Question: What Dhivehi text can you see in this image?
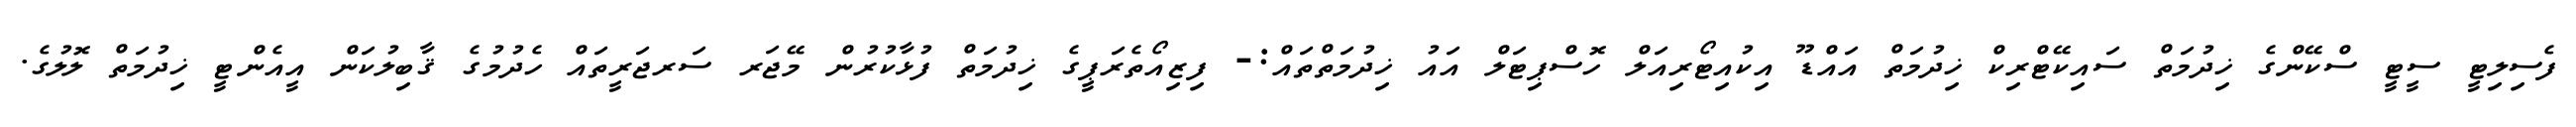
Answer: ފެސިލިޓީ ސީޓީ ސްކޭންގެ ޚިދުމަތް ސައިކޭޓްރިކް ޚިދުމަތް އައްޑޫ އިކުއިޓޯރިއަލް ހޮސްޕިޓަލް އައު ޚިދުމަތްތައް:- ފިޒިއޯތެރަޕީގެ ޚިދުމަތް ފުޅާކުރުން މޭޖަރ ސަރޖަރީތައް ހެދުމުގެ ޤާބިލުކަން އީއެންޓީ ޚިދުމަތް ލޮލުގެ.